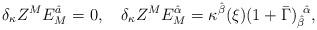
LaTeX: \begin{align*}\delta_\kappa Z^ME_M^{\hat a}=0, \quad \delta_\kappa Z^ME_M^{\hat \alpha}=\kappa^{\hat\beta}(\xi)(1+\bar\Gamma)_{\hat\beta}^{~\hat\alpha},\end{align*}